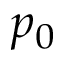
p _ { 0 }